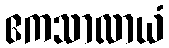
ဧကသာလာယံ